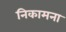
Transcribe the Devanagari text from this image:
निकामना